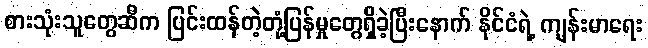
စားသုံးသူတွေဆီက ပြင်းထန်တဲ့တုံ့ပြန်မှုတွေရှိခဲ့ပြီးနောက် နိုင်ငံရဲ့ ကျန်းမာရေး